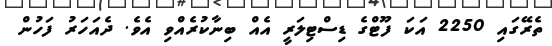
ތެރޭގައި 2250 އަކަ ފޫޓްގެ ޑިސްޓިލަރީ އެއް ބިނާކުރެއްވި އެވެ. ދެއަހަރު ފަހުން